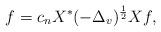
LaTeX: \begin{align*}f=c_nX^*(-\Delta_v)^{\frac12}Xf,\end{align*}